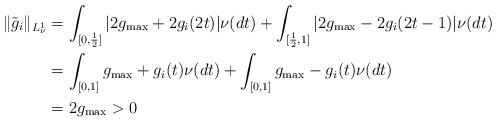
LaTeX: \begin{align*}\| \tilde{g}_i \|_{L_\nu^1}&=\int_{[0,\frac{1}{2}]} |2 g_{\max} + 2 g_i(2t)|\nu(dt) + \int_{[\frac{1}{2},1]} |2 g_{\max} - 2 g_i(2t-1)|\nu(dt) \\&= \int_{[0,1]} g_{\max} + g_i(t)\nu(dt) + \int_{[0,1]} g_{\max} - g_i(t)\nu(dt) \\&= 2 g_{\max} >0\end{align*}